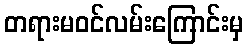
တရားမဝင်လမ်းကြောင်းမှ